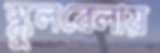
স্কুলবেলায়